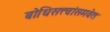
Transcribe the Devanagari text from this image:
बोधिसत्त्वांसमवेत